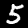
Label: 5